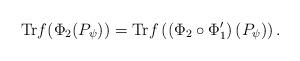
LaTeX: \begin{align*}\mathrm{Tr}f(\Phi _{2}(P_{\psi }))=\mathrm{Tr}f\left( \left( \Phi _{2}\circ\Phi _{1}^{\prime }\right) (P_{\psi })\right) . \end{align*}